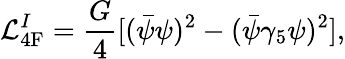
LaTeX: {\cal L}_{\mathrm{4F}}^{I}=\frac{G}{4}[(\bar{\psi}\psi)^{2}-(\bar{\psi}\gamma_{5}\psi)^{2}],